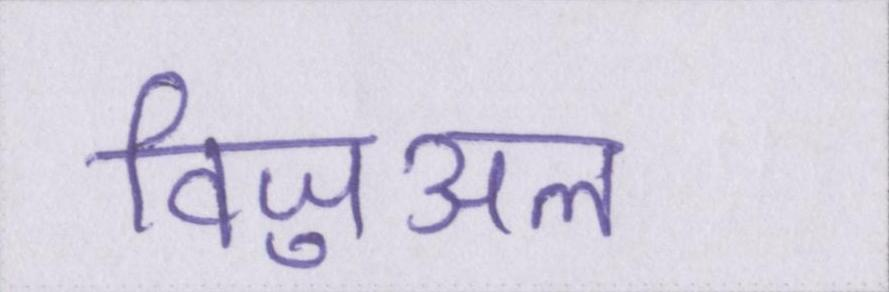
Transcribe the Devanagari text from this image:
विजुअल